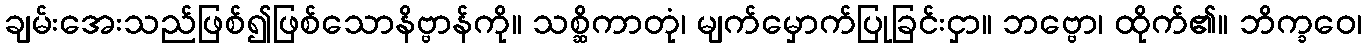
ချမ်းအေးသည်ဖြစ်၍ဖြစ်သောနိဗ္ဗာန်ကို။ သစ္ဆိကာတုံ၊ မျက်မှောက်ပြုခြင်းငှာ။ ဘဗ္ဗော၊ ထိုက်၏။ ဘိက္ခဝေ၊